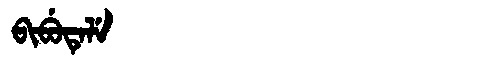
Manchu: ᠪᡳᠪᡠᡨᡝᠯᡝ
Romanization: BIBUTELE